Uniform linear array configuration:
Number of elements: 48
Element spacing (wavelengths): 0.75
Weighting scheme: kaiser
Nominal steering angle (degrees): -60
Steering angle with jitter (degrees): -58.992
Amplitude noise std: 0.05
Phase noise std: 0.05

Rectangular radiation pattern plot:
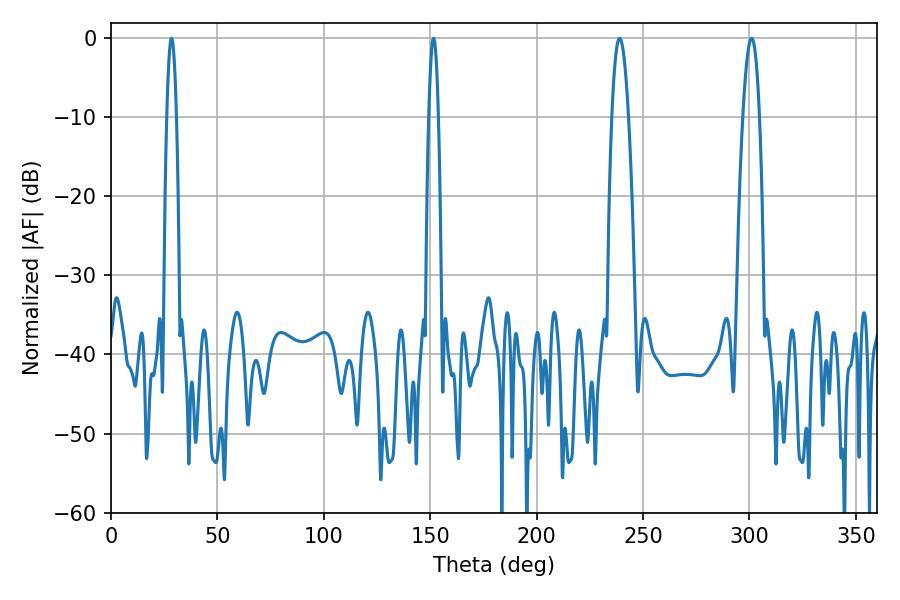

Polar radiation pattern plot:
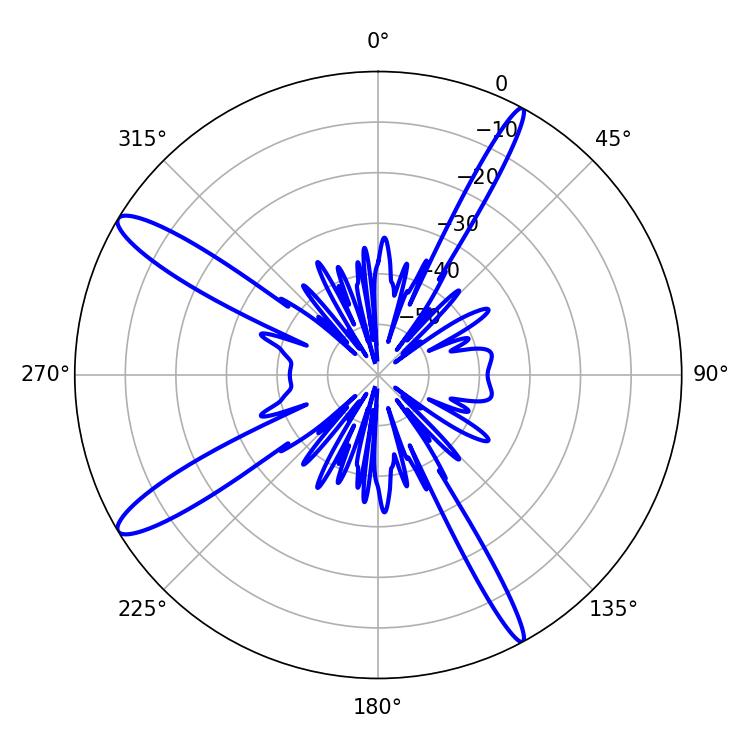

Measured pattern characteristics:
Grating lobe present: TRUE
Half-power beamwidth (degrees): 2.52
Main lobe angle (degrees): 28.44